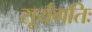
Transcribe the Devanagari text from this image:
सूर्यगतिः